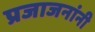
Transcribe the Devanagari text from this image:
प्रजाजनांनी